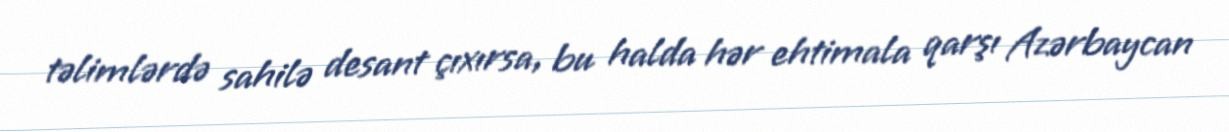
təlimlərdə sahilə desant çıxırsa, bu halda hər ehtimala qarşı Azərbaycan